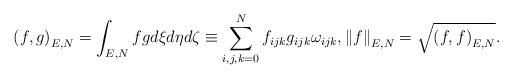
LaTeX: \begin{align*}{\left( {f,g} \right)_{E,N}} = \int_{E,N} {fgd \xi d \eta d \zeta } \equiv \sum\limits_{i,j,k = 0}^N {{f_{ijk}}{g_{ijk}}{\omega_{ijk}}} ,{\left\| f \right\|_{E,N}} = \sqrt {{{\left( {f,f} \right)}_{E,N}}}. \end{align*}